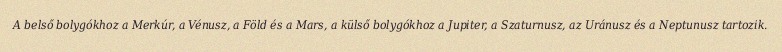
A belső bolygókhoz a Merkúr, a Vénusz, a Föld és a Mars, a külső bolygókhoz a Jupiter, a Szaturnusz, az Uránusz és a Neptunusz tartozik.